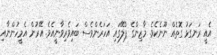
އެއީ ރަނގަޅު ގޮތެއް ނޫނެކެވެ. މާޒިންގެ ޕްލޭގައި އަހަރެންވެސް ބައިވެރިވާނީއެވެ. އޭރުން އެމީހުންނާއި